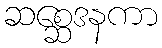
ဆစ္ဆေဒနကာ